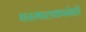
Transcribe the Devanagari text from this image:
घरमालकानेही